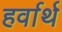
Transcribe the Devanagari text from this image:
हर्वार्थ